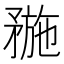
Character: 𥍸